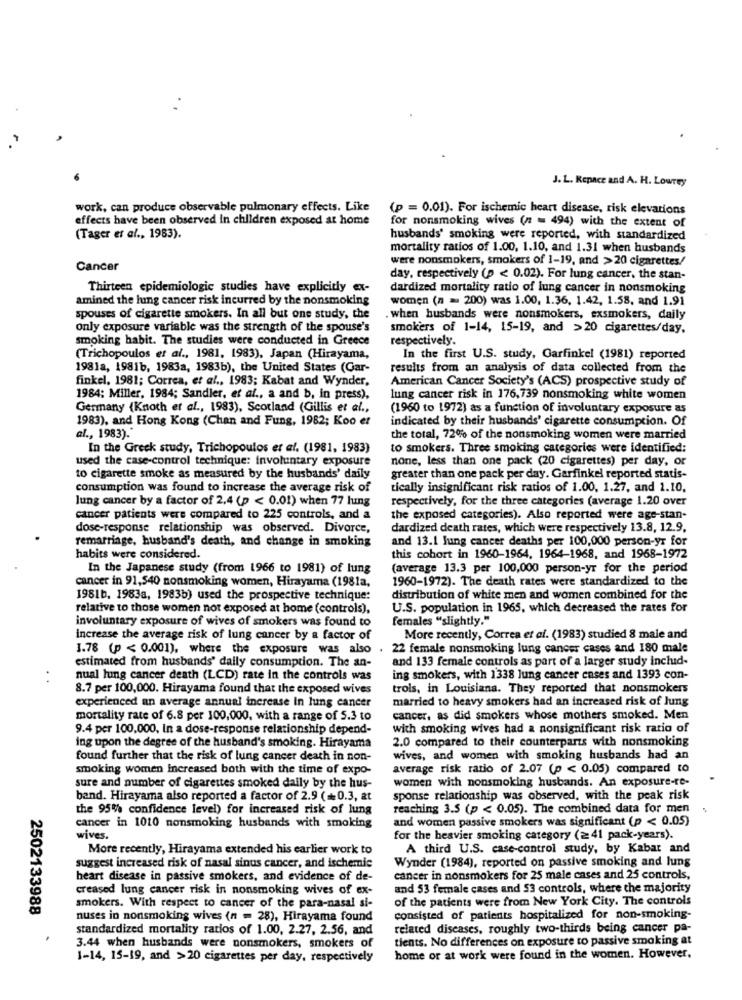
J. L. Kepace and A. H. Lowrey
work, can produce observable pulmonary effects. Like
(p = 0.01). For ischemic heart disease, risk elevations
effects have been observed In children exposed at home
for nonsmoking wives (n = 494) with the extent of
(Tager et al ., 1983).
husbands' smoking were reported, with standardized
mortality ratios of 1.00, 1.10, and 1.31 when husbands
were nonsmokers, smokers of 1-19, and >20 cigarettes/
Cancer
day, respectively (p < 0.02). For lung cancer, the stan-
Thirteen epidemiologic studies have explicitly ex-
dardized mortality ratio of lung cancer in nonsmoking
amined the lung cancer risk incurred by the nonsmoking
women (n = 200) was 1.00, 1.36, 1.42, 1.58, and 1.91
spouses of cigarette smokers. In all but one study, the
. when husbands were nonsmokers, exsmokers, daily
only exposure variable was the strength of the spouse's
smokers of 1-14, 15-19, and >20 cigarettes/day.
smoking habit. The studies were conducted in Greece
respectively.
(Trichopoulos et al ., 1981, 1983), Japan (Hirayama,
In the first U.S. study, Garfinkel (1981) reported
198la, 1981b, 1983a, 1983b), the United States (Gar-
results from an analysis of data collected from the
finkel, 1981; Correa, et al ., 1983; Kabat and Wynder,
American Cancer Society's (ACS) prospective study of
1984: Miller, 1984; Sandler, et al ., a and b, in press),
lung cancer risk in 176,739 nonsmoking white women
Germany (Knoth et al ., 1983), Scotland (Gillis et al .,
(1960 to 1972) as a function of involuntary exposure as
1983), and Hong Kong (Chan and Fung, 1982; Koo et
indicated by their husbands' cigarette consumption. Of
al ., 1983).
the total, 72% of the nonsmoking women were married
In the Greek study, Trichopoulos et al. (1981, 1983)
to smokers. Three smoking categories were identified:
used the case-control technique: involuntary exposure
none, less than one pack (20 cigarettes) per day, or
to cigarette smoke as measured by the husbands' daily
greater than one pack per day. Garfinkel reported statis-
consumption was found to increase the average risk of
tically insignificant risk ratios of 1.00, 1.27, and 1.10.
lung cancer by a factor of 2.4 (p < 0.01) when 77 hung
respectively, for the three categories (average 1.20 over
cancer patients were compared to 225 controls, and a
the exposed categories). Also reported were age-stan-
dosc-response relationship was observed. Divorce,
dardized death rates, which were respectively 13.8, 12.9.
remarriage, husband's death, and change in smoking
and 13.1 lung cancer deaths per 100,000 person-yr for
habits were considered.
this cohort in 1960-1964, 1964-1968, and 1968-1972
In the Japanese study (from 1966 to 1981) of lung
(average 13.3 per 100,000 person-yr for the period
cancer in 91,540 nonsmoking women, Hirayama (1981a.
1960-1972). The death rates were standardized to the
1981b, 1983a, 1983b) used the prospective technique:
distribution of white men and women combined for the
relative to those women not exposed at home (controls),
U.S. population in 1965, which decreased the rates for
involuntary exposure of wives of smokers was found to
females "slightly."
increase the average risk of lung cancer by a factor of
More recently, Correa et al. (1983) studied 8 male and
1.78 (p < 0.001), where the exposure was also .
22 female nonsmoking lung cancer cases and 180 male
and 133 female controls as part of a larger study incluid-
estimated from husbands' daily consumption. The an-
nual lung cancer death (LCD) rate in the controls was
ing smokers, with 1338 lung cancer cases and 1393 con-
8.7 per 100,000. Hirayama found that the exposed wives
trols, in Louisiana. They reported that nonsmokers
experienced an average annual increase In lung cancer
married to heavy smokers had an increased risk of Jung
mortality rate of 6.8 per 100,000, with a range of 5.3 to
cancer, as did smokers whose mothers smoked. Men
9.4 per 100.000, In a dose-response relationship depend-
with smoking wives had a nonsignificant risk ratio of
ing upon the degree of the husband's smoking. Hirayama
2.0 compared to their counterparts with nonsmoking
found further that the risk of lung cancer death in non-
wives, and women with smoking husbands had an
smoking women Increased both with the time of expo-
average risk ratio of 2.07 (p < 0.05) compared to
women with nonsmoking husbands. An exposure-re-
sure and number of cigarettes smoked dally by the hus-
band. Hirayama also reported a factor of 2.9 (+0.3, at
sponse relationship was observed, with the peak risk
the 95% confidence level) for increased risk of lung
reaching 3.5 (p < 0.05). The combined data for men
and women passive smokers was significant (p < 0.05)
cancer in 1010 nonsmoking husbands with smoking
wives.
for the heavier smoking category (=41 pack-years).
More recently, Hirayama extended his earlier work to
A third U.S. case-control study, by Kabar and
Wynder (1984), reported on passive smoking and lung
suggest increased risk of nasal sinus cancer, and ischemie
heart disease in passive smokers, and evidence of de-
cancer in nonsmokers for 25 male cases and 25 controls,
creased lung cancer risk in nonsmoking wives of ex-
and 53 female cases and $3 controls, where the majority
of the patients were from New York City. The controls
2502133988
smokers. With respect to cancer of the para-nasal si-
nuses in nonsmoking wives (n = 28), Hirayama found
consisted of patients hospitalized for non-smoking-
standardized mortality ratios of 1.00, 2.27, 2.56, and
related diseases, roughly two-thirds being cancer pa-
tients. No differences on exposure to passive smoking at
3.44 when husbands were nonsmokers, smokers of
1-14, 15-19, and >20 cigarettes per day, respectively
home or at work were found in the women. However,